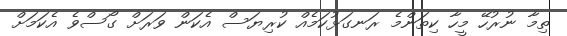
ތިމާ ނުރުހޭ މީހާ ކިތަންމެ ރަނގަޅުކަމެއް ކުރިޔަސް އެކަން ވަރަށް ގޯސްވެ އެކަމަށް